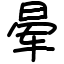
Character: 晕